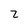
Character: z